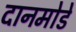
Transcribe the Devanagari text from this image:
दानमोडे